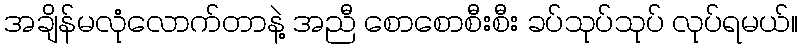
အချိန်မလုံလောက်တာနဲ့ အညီ စောစောစီးစီး ခပ်သုပ်သုပ် လုပ်ရမယ်။